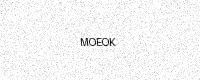
Text: MOEOK